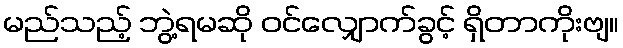
မည်သည့် ဘွဲ့ရမဆို ဝင်လျှောက်ခွင့် ရှိတာကိုးဗျ။